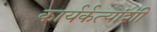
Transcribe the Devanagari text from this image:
कार्यर्कत्यांशी